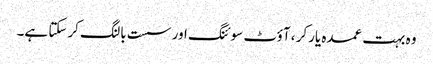
وہ بہت عمدہ یارکر ، آؤٹ سوئنگ اور سست بالنگ کرسکتا ہے۔